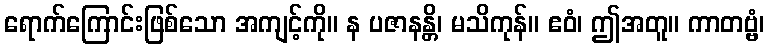
ရောက်ကြောင်းဖြစ်သော အကျင့်ကို။ န ပဇာနန္တိ၊ မသိကုန်။ ဧဝံ၊ ဤအတူ။ ကာတဗ္ဗံ၊